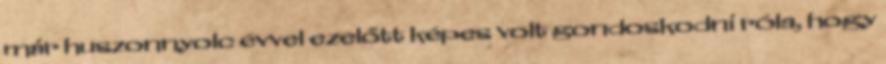
már huszonnyolc évvel ezelőtt képes volt gondoskodni róla, hogy